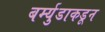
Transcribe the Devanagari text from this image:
बर्म्युडाकडून